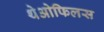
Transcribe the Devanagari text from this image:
थेओफिलस